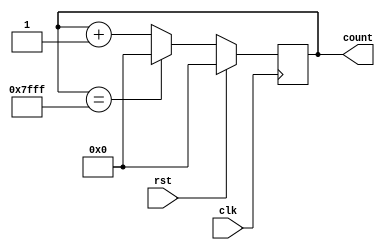
module counter(clk, rst, count);
	input clk;			//clock
	output reg [15:0] count;	//contador
	input rst;			//reset
	
	
	
always @(posedge clk) begin
	
	if (rst == 1) //reset = 1, reinicia a contagem
		count <= 0;
	else if (count == 16'b111111111111111) // se chegar a contagem no limite, reinicia a contagem
		count <= 0;
	else
		count <= count + 1; //contagem incrementada
	
end



endmodule